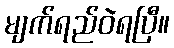
မျက်ရည်ဝဲရပြီ။